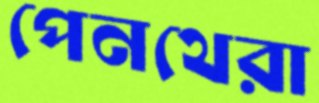
পেনথেরা